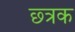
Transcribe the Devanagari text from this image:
छ्त्रक